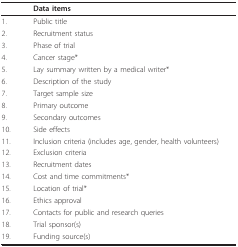
<table><thead><tr><td></td><td><b>Data items</b></td></tr></thead><tbody><tr><td>1.</td><td>Public title</td></tr><tr><td>2.</td><td>Recruitment status</td></tr><tr><td>3.</td><td>Phase of trial</td></tr><tr><td>4.</td><td>Cancer stage*</td></tr><tr><td>5.</td><td>Lay summary written by a medical writer*</td></tr><tr><td>6.</td><td>Description of the study</td></tr><tr><td>7.</td><td>Target sample size</td></tr><tr><td>8.</td><td>Primary outcome</td></tr><tr><td>9.</td><td>Secondary outcomes</td></tr><tr><td>10.</td><td>Side effects</td></tr><tr><td>11.</td><td>Inclusion criteria (includes age, gender, health volunteers)</td></tr><tr><td>12.</td><td>Exclusion criteria</td></tr><tr><td>13.</td><td>Recruitment dates</td></tr><tr><td>14.</td><td>Cost and time commitments*</td></tr><tr><td>15.</td><td>Location of trial*</td></tr><tr><td>16.</td><td>Ethics approval</td></tr><tr><td>17.</td><td>Contacts for public and research queries</td></tr><tr><td>18.</td><td>Trial sponsor(s)</td></tr><tr><td>19.</td><td>Funding source(s)</td></tr></tbody></table>